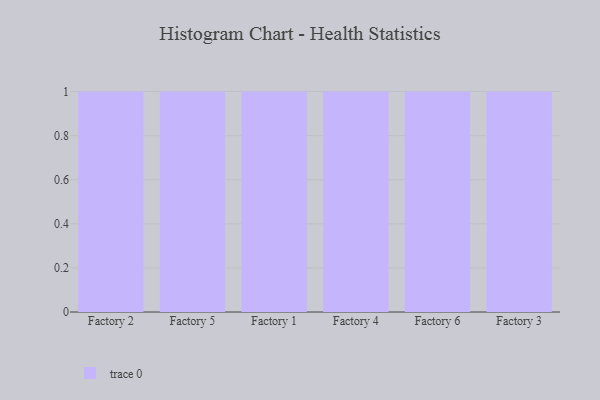
{"axis": {"x": "Factory", "y": "Customer Acquisition Cost (USD)"}, "legend": [""], "data": [{"x": "Factory 2", "y": 77, "type": ""}, {"x": "Factory 5", "y": 70, "type": ""}, {"x": "Factory 1", "y": 45, "type": ""}, {"x": "Factory 4", "y": 97, "type": ""}, {"x": "Factory 6", "y": 81, "type": ""}, {"x": "Factory 3", "y": 77, "type": ""}]}